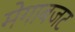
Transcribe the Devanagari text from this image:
मेगाबजट